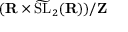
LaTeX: ( \mathbf { R } \times { \widetilde \mathrm { { S L } } } _ { 2 } ( \mathbf { R } ) ) / \mathbf { Z }